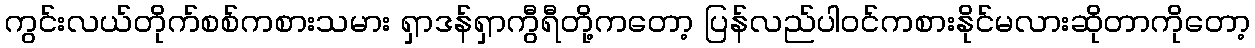
ကွင်းလယ်တိုက်စစ်ကစားသမား ရှာဒန်ရှာကွီရီတို့ကတော့ ပြန်လည်ပါဝင်ကစားနိုင်မလားဆိုတာကိုတော့